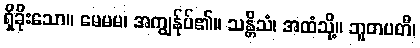
ရှိခိုးသော။ မေမမ၊ အကျွန်ုပ်၏။ သန္တိသံ၊ အထံသို့။ ဘူတပတီ၊